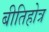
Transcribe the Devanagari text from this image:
बीतिहोत्र